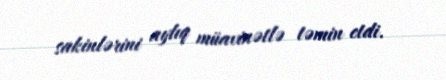
sakinlərini aylıq müavinətlə təmin etdi.